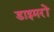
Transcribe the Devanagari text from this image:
डाइमरों